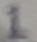
Text: 1